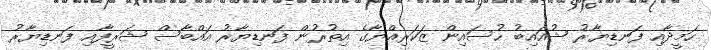
ހަމީދާއި ފަނޑިޔާރު ޝުއައިބު ހުސައިން ޒަކަރިއްޔާގެ އިތުރުން ފަނޑިޔާރު އައްބާސް ޝަރީފާއި ފަނޑިޔާރު